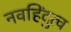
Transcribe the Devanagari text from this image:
नवहिंदुत्व